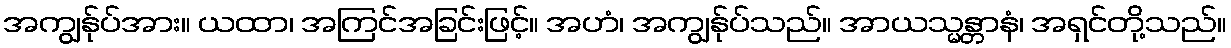
အကျွန်ုပ်အား။ ယထာ၊ အကြင်အခြင်းဖြင့်။ အဟံ၊ အကျွန်ုပ်သည်။ အာယသ္မန္တာနံ၊ အရှင်တို့သည်။